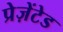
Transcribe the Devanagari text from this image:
प्रेज़ेंटेड